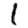
Digit: 1